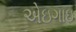
એઇગાઇ